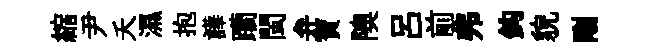
縮尹夭濕抱譁躪閩弁寶隩呂前弗鈎貌剛